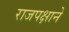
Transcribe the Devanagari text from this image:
राजपक्षाने